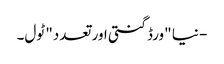
- نیا "ورڈ گنتی اور تعدد" ٹول۔